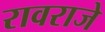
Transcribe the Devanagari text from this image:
रावराजे